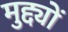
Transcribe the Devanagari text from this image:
मुद्द्यों